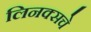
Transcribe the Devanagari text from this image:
लिनक्सचे